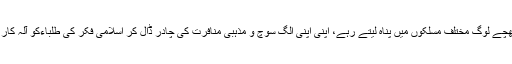
تمام بچے کھچے لوگ مختلف مسلکوں میں پناہ لیتے رہے، اپنی اپنی الگ سوچ و مذہبی منافرت کی چادر ڈال کر اسلامی فکر کی طلباءکو آلہ کار بنانے لگے۔